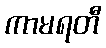
ကာမရတီ